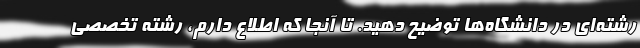
رشته‌ای در دانشگاه‌ها توضیح دهید. تا آنجا که اطلاع دارم، رشته تخصصی